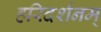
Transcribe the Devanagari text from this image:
हरिदर्शनम्